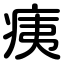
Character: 痍